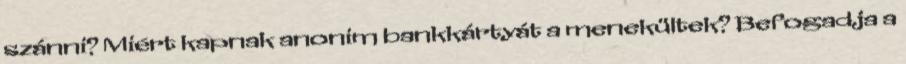
szánni? Miért kapnak anonim bankkártyát a menekültek? Befogadja a